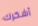
أشكرك